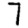
Digit: 7